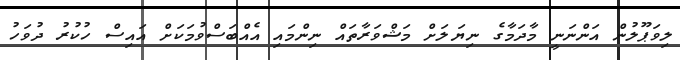
ލިވަޕޫލުން އަންނަނީ މާދަމާގެ ނިޔަލަށް މަޝްވަރާތައް ނިންމައި އެއްބަސްވުމަކަށް އައިސް ހުކުރު ދުވަހު